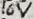
Text: 16V